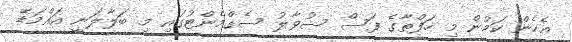
އެހެން ކަމުން މި ހަފްތާގެ ފަސް ސުވާލު ސެގްމެންޓުގައި މި ބަލާލަނީ އައްމަޑޭ